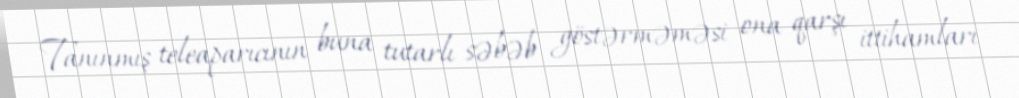
Tanınmış teleaparıcının buna tutarlı səbəb göstərməməsi ona qarşı ittihamları